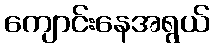
ကျောင်းနေအရွယ်